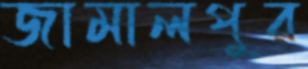
জামালপুর